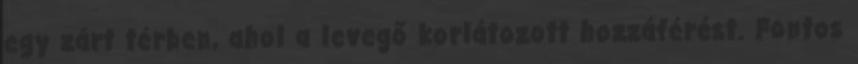
egy zárt térben, ahol a levegő korlátozott hozzáférést. Fontos